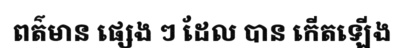
ពត៌មាន ផ្សេង ៗ ដែល បាន កើតឡើង